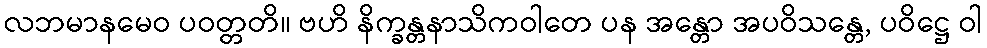
လဘမာနမေဝ ပဝတ္တတိ။ ဗဟိ နိက္ခန္တနာသိကဝါတေ ပန အန္တော အပဝိသန္တေ, ပဝိဋ္ဌေ ဝါ